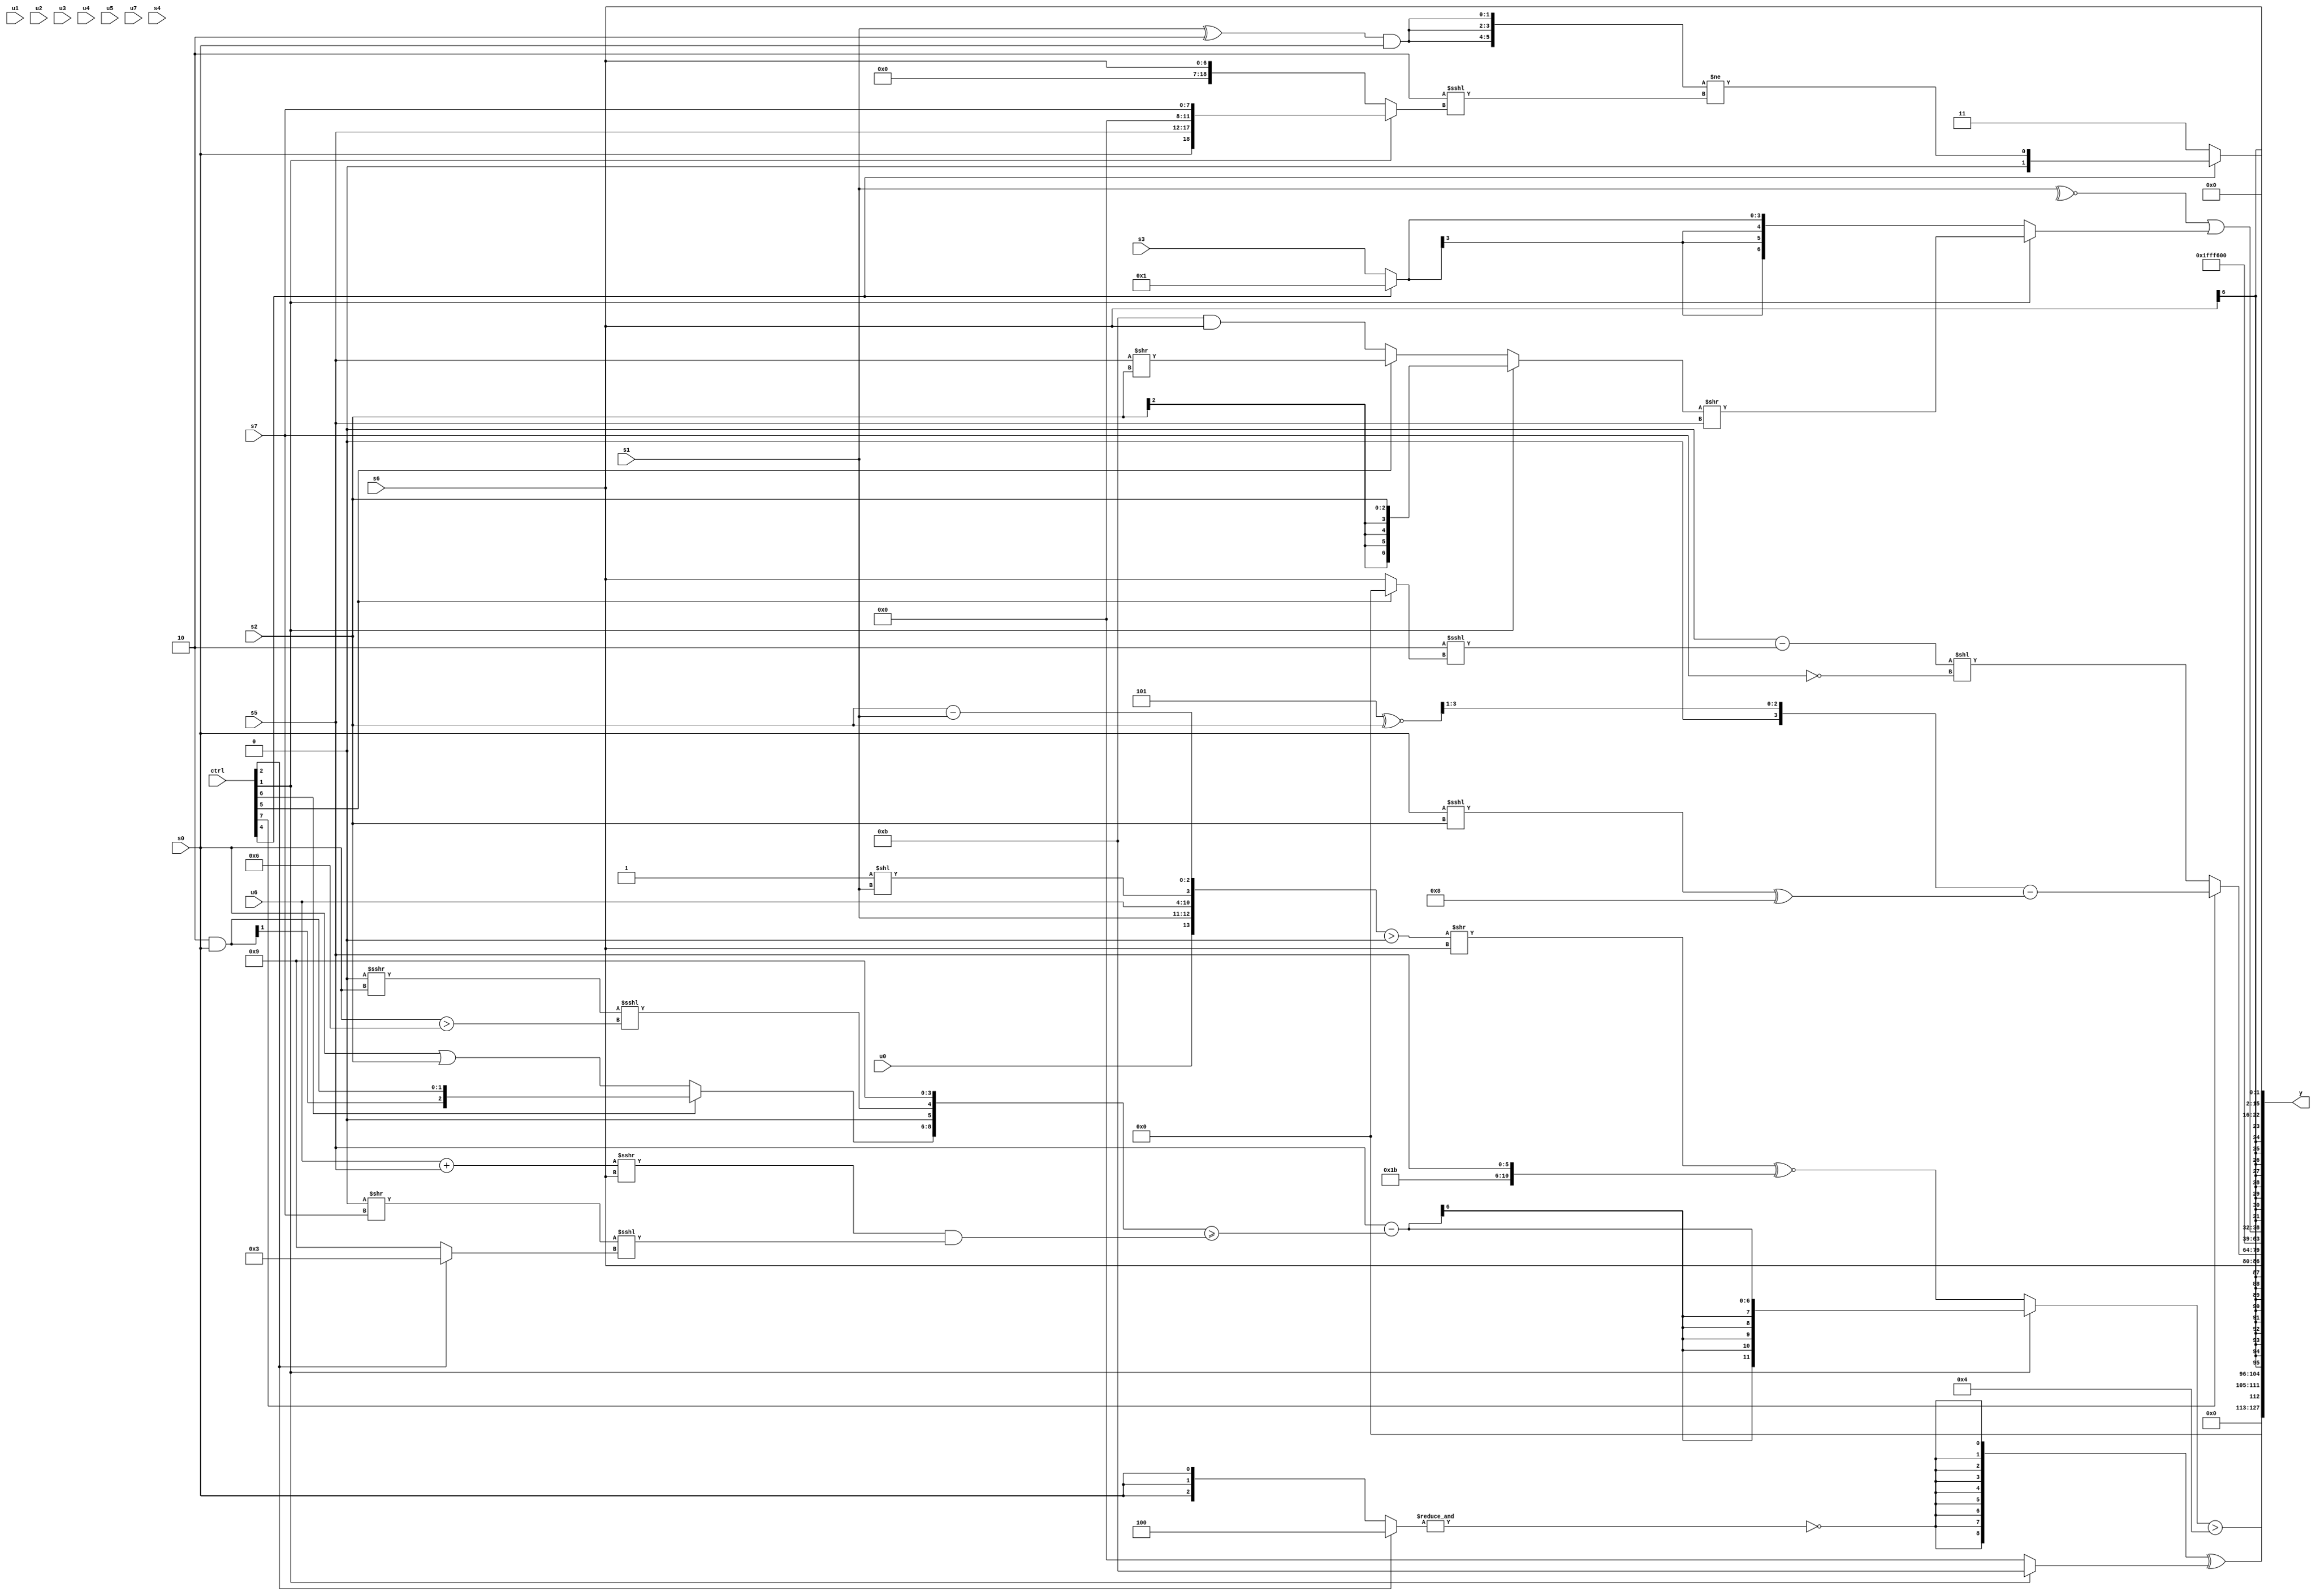
module wideexpr_00532(ctrl, u0, u1, u2, u3, u4, u5, u6, u7, s0, s1, s2, s3, s4, s5, s6, s7, y);
  input [7:0] ctrl;
  input [0:0] u0;
  input [1:0] u1;
  input [2:0] u2;
  input [3:0] u3;
  input [4:0] u4;
  input [5:0] u5;
  input [6:0] u6;
  input [7:0] u7;
  input signed [0:0] s0;
  input signed [1:0] s1;
  input signed [2:0] s2;
  input signed [3:0] s3;
  input signed [4:0] s4;
  input signed [5:0] s5;
  input signed [6:0] s6;
  input signed [7:0] s7;
  output [127:0] y;
  wire [15:0] y0;
  wire [15:0] y1;
  wire [15:0] y2;
  wire [15:0] y3;
  wire [15:0] y4;
  wire [15:0] y5;
  wire [15:0] y6;
  wire [15:0] y7;
  assign y = {y0,y1,y2,y3,y4,y5,y6,y7};
  assign y0 = +(($signed((ctrl[1]?(s5)-(({(ctrl[6]?(2'sb10)&(s0):(s0)|(s2)),((1'sb0)^~(s0))>>((2'sb10)|(2'sb01)),((1'sb0)>>>(s0))<<<((s0)>(4'sb0110)),4'b1001})>=((((u6)+(s5))>>>(s6))&(((1'sb0)>>(s7))<<<((ctrl[2]?5'sb00011:5'b01001))))):((({{u0,s1},{u6},(1'sb1)<<(s1),(s2)-(s1)})>(((5'sb10101)<<<(4'b1011))==((5'sb10011)&(5'sb11101))))>>(s6))^~({(6'sb011011)>>>({3{(2'b00)>>>(3'b010)}}),+((s5)>>>({1{1'sb0}}))}))))>(5'sb00100));
  assign y1 = ({3{{3{~&((ctrl[2]?3'sb100:s0))}}}})^((ctrl[1]?4'sb1011:2'sb00));
  assign y2 = s6;
  assign y3 = (ctrl[7]?($signed(((4'sb1101)^~(s2))>>(2'b01)))-((($signed({2{s0}}))<<<(s2))^(5'sb01000)):(+((1'sb0)-((4'sb1110)<<<((ctrl[5]?1'sb0:s6)))))<<(~(+(s7))));
  assign y4 = 6'sb111011;
  assign y5 = (~^(s1))|($signed((ctrl[1]?+(((ctrl[1]?s2:(ctrl[5]?(s5)>>(s2):(+(5'sb11011))&(s6))))>>(s5)):(ctrl[4]?2'sb01:s3))));
  assign y6 = s6;
  assign y7 = (ctrl[4]?({3{((s1)^(2'sb10))&($signed(s0))}})!=((2'sb10)<<<((ctrl[1]?{s0,s5,4'sb0000,s7}:{s6}))):2'sb11);
endmodule